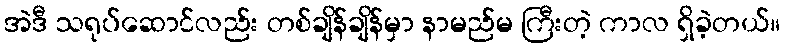
အဲဒီ သရုပ်ဆောင်လည်း တစ်ချိန်ချိန်မှာ နာမည်မ ကြီးတဲ့ ကာလ ရှိခဲ့တယ်။